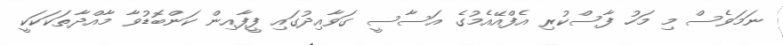
ނަމަވެސް މި މަހު ފާސްކުރި އެފްއޭއެމުގެ އަސާސީ ގަވާއިދުގައި ފީފާއިން ކަންބޮޑުވާ މާއްދާތަކަކަކީ